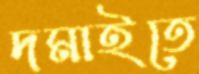
দমাইতে